Report on horse surra - Volume II, Part II
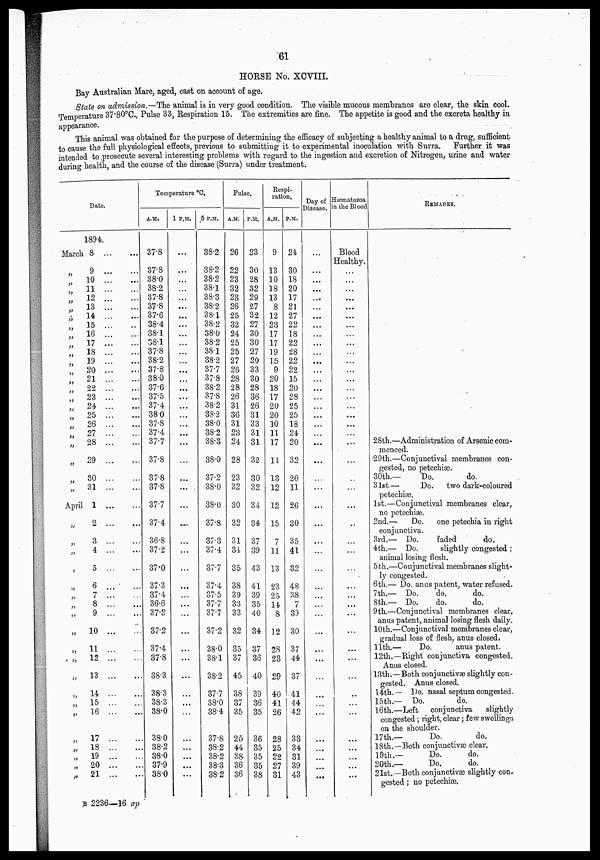
61
HORSE No. XCVIII.
Bay Australian Mare, aged, cast on account of age.
State on admission.—The animal is in very good condition. The visible mucous membranes are clear, the skin cool.
Temperature 37.80°C, Pulse 33, Respiration 15. The extremities are fine. The appetite is good and the excreta healthy in
appearance.
This animal was obtained for the purpose of determining the efficacy of subjecting a healthy animal to a drug, sufficient
to cause the full physiological effects, previous to submitting it to experimental inoculation with Surra. Further it was
intended to prosecute several interesting problems with regard to the ingestion and excretion of Nitrogen, urine and water
during health, and the course of the disease (Surra) under treatment.
Date.
March
„
„
„
„
„
„
„
„
„
„
„
„
„„
„
„
„
„
„
„
„
„
„
„
„
„
April
„
„
„
„
„
„
„
„
„
„
„
„
„
„
„
„„
„
„
„
„
1894.
8
9
10
11
12
13
14
15
16
17
18
19
20
21
22
23
24
25
26
27
28
29
30
31
1
2
3
4
5
6 ...
...
7
...
8
9
10 ...
11
12
13
14
15
16
17
18
19
20
21
Temperature °C.
A.M.
37.8
37.8
38.0
38.2
37.8
37.8
37.6
38.4
38.1
38.1
37.8
38.2
37.8
38.0
37.6
37.5
37.4
38.0
37.8
37.4
37.7
37.8
37.8
37.8
37.7
37.4
36.8
37.2
37.0
37.3
37.4
36.6
37.2
37.2
37.4
37.8
38.3
38.3
38.3
38.0
38.0
38.2
38.0
37.9
38.0
1 P.M.
...
...
...
...
...
...
...
...
...
...
...
....
...
...
...
...
...
...
...
...
...
...
...
...
...
.....
...
...
...
...
...
...
...
...
...
...
...
...
...
...
5 P.M.
38.2
38.2
38.2
38.1
38.3
38.2
38.1
38.2
38.0
38.2
38.1
38.2
37.7
37.8
38.2
37.8
38.2
38.2
38.0
38.2
38.3
38.0
37.2
38.0
38.0
37.8
37.3
37.4
37.7
37.4
37.5
37.7
37.7
37.2
38.0
38.1
38.2
37.7
38.0
38.4
37.8
38.2
38.2
38.3
38.2
Pulse.
A.M.
26
22
23
32
23
26
25
32
24
25
25
27
26
28
28
26
31
36
31
23
24
28
23
32
30
32
31
34
35
38
39
33
33
32
35
37
45
38
37
35
25
44
38
36
36
P.M.
23
30
28
32
29
27
32
27
30
30
27
29
33
30
28
36
26
31
33
31
31
32
30
32
34
34
37
39
43
41
39
35
40
34
37
36
40
39
36
35
36
35
35
35
38
Respi-
ration.
A.M.
9
13
10
18
13
8
12
23
17
17
19
15
9
20
18
17
20
20
10
11
17
14
13
12
12
15
7
11
13
23
25
14
8
12
28
23
29
40
41
26
28
25
22
27
31
P.M.
24
30
18
20
17
21
27
22
18
22
28
22
22
15
20
28
25
25
18
24
20
32
20
11
26
30
35
41
32
48
38
7
33
30
37
44
37
41
44
42
33
34
31
39
43
Day of
Disease.
...
...
...
...
...
...
...
...
...
...
...
...
...
...
...
...
...
...
...
...
...
...
...
...
...
...
...
...
...
...
...
...
...
...
...
...
...
...
...
...
...
...
...
...
...
Hæmatozoa
in the Blood
Blood
Healthy.
...
...
...
...
...
...
...
...
...
...
...
...
...
...
...
...
...
...
...
...
...
...
...
...
...
...
...
...
...
...
...
...
...
...
...
...
...
..
...
...
...
...
...
...
...
REMARKS.
2Sth.—Administration of Arsenic com-
menced.
29th.—Conjunctival membranes con-
gested, no petechiæ.
30th.—
Do.
do.
31st.—
Do. two dark-coloured
petechias.
1st.—Conjunctival membranes clear,
no petechiæ.
2nd.—
Do. one petechia in right
conjunctiva.
3rd.— Do.
faded
do.
4th.— Do.
slightly congested ;
animal losing flesh.
5th.—Conjunctival membranes slight-
ly congested.
6th.— Do. anus patent, water refused.
7 th.— Do.
do.
do.
8th.— Do.
do.
do.
9th.—Conjunctival membranes clear,
anus patent, animal losing flesh daily.
10th.—Conjunctival membranes clear,
gradual loss of flesh, anus closed.
11th.—
Do.
anus patent.
12th.— Right conjunctiva congested.
Anus closed.
13th.—Both conjunctivæ slightly con-
gested. Anus closed.
14th.— Do. nasal septum congested.
15th.— Do.
do.
16th.—Left
conjunctiva
slightly
congested; right, clear; few swellings
on the shoulder.
17th.—
Do.
do.
18th.—Both conjunctivæ clear.
19th.—
Do.
do.
20th.—
Do.
do.
21st.—Both conjunctivæ slightly con-
gested ; no petechiæ.
B 2236—16 ap